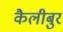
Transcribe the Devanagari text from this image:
कैलीबुर